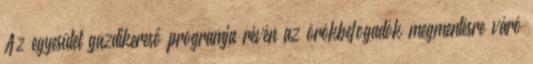
Az egyesület gazdikereső programja révén az örökbefogadók megmentésre váró